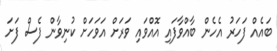
ބައެއް ފަހަރު އެހެން ބާއްވާފައި އޮއްވައި ވަރަށް އަވަހަށް ކުނިވާން ފެސް ފަށަ